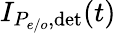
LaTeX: I_{P_{e/o},\mathrm{det}}(t)